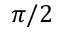
\pi / 2